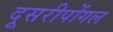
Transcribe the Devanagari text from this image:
दूसरीपोंगल